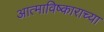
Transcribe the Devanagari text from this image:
आत्माविष्काराच्या